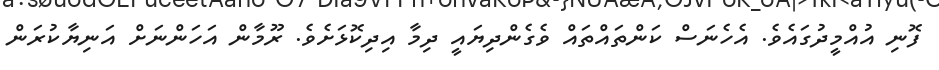
ފޮނި އުއްމީދުގައެވެ. އެހެނަސް ކަންތައްތައް ވެގެންދިޔައީ ދިމާ އިދިކޮޅަށެވެ. ރޫމާން އަހަންނަށް އަނިޔާކުރަން